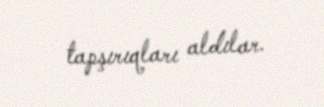
tapşırıqları aldılar.